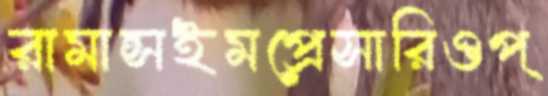
রামান্সইমপ্রেসারিওপ্